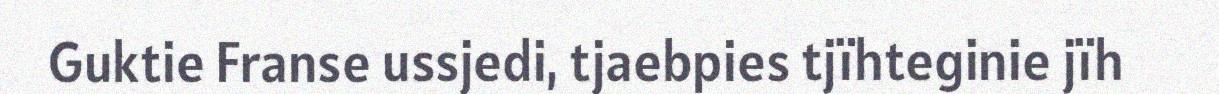
Guktie Franse ussjedi, tjaebpies tjïhteginie jïh